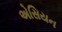
એસિયન